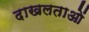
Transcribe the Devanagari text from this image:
दाखलताओं